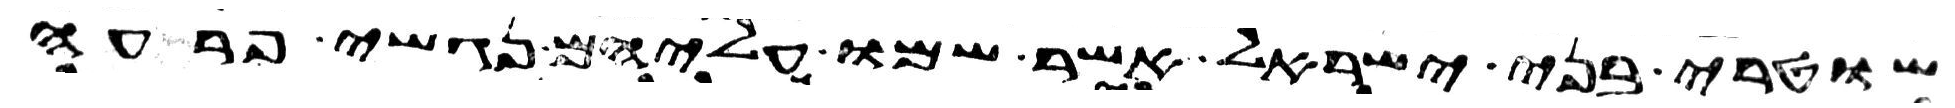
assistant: שוטרי בני ישראל אשר שמו עליהם נגשי פרעה